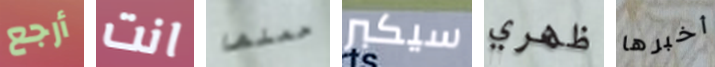
أرجع انت حملها سيكبر ظهري أخبرها